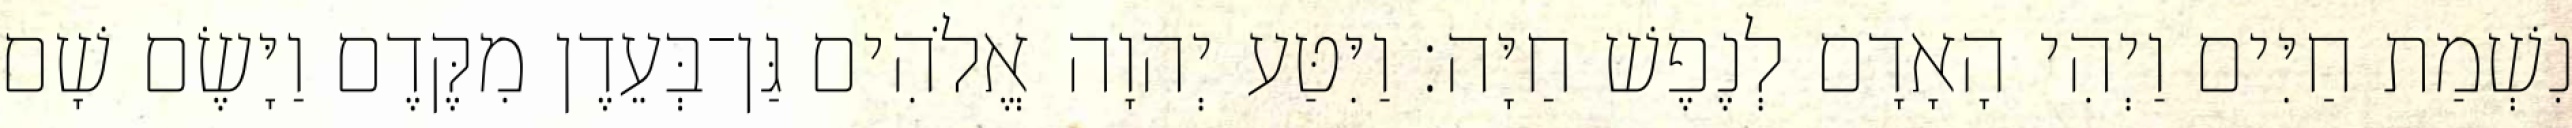
נִשְׁמַת חַיִּים וַיְהִי הָאָדָם לְנֶפֶשׁ חַיָּה׃ וַיִּטַּע יְהוָה אֱלֹהִים גַּן־בְּעֵדֶן מִקֶּדֶם וַיָּשֶׂם שָׁם